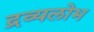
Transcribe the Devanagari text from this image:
द्रव्यलोभ